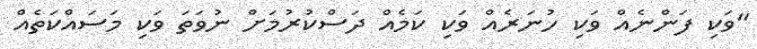
"ވަކި ފަންނެއް ވަކި ހުނަރެއް ވަކި ކަމެއް ދަސްކުރުމަށް ނުވަތަ ވަކި މަސައްކަތެއް